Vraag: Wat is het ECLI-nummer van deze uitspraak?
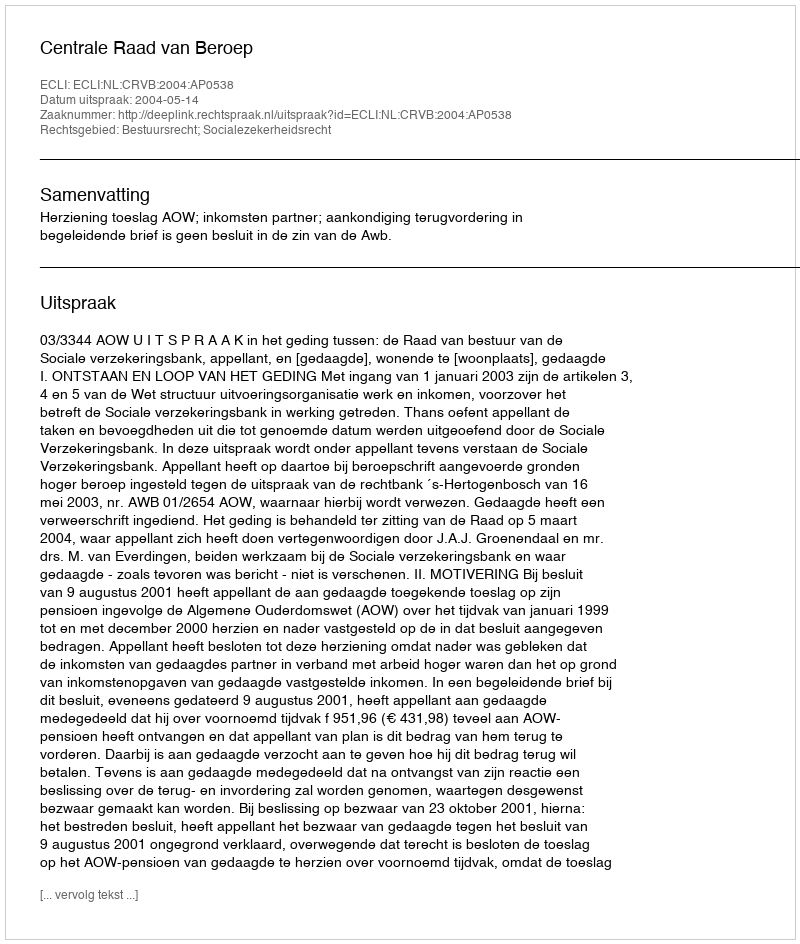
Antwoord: ECLI:NL:CRVB:2004:AP0538